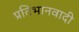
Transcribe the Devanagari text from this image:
प्रतिभानवादी